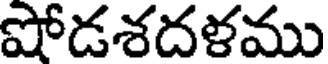
షోడశదళము